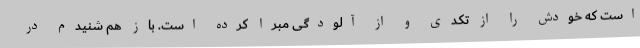
است که خودش را از تکدی و از آلودگی مبرا کرده است. باز هم شنیدم در